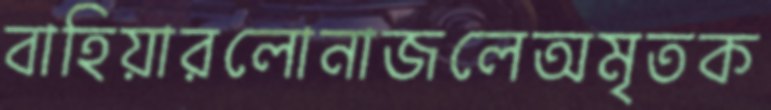
বাহিয়ারলোনাজলেঅমৃতক